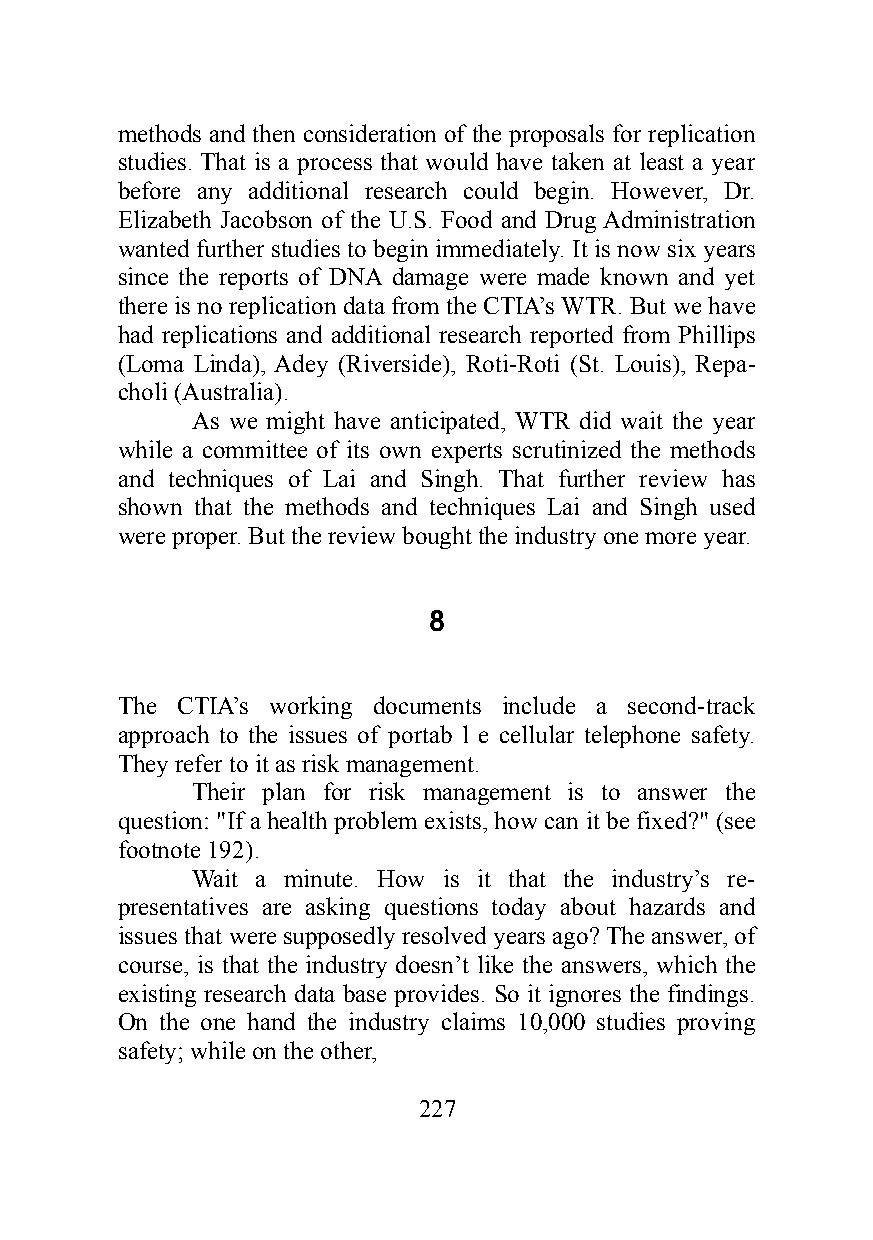
methods and then consideration of the proposals for replication
 studies. That is a process that would have taken at least a year
 before any additional research could begin. However, Dr.
 Elizabeth Jacobson of the U.S. Food and Drug Administration
 wanted further studies to begin immediately. It is now six years
 since the reports of DNA damage were made known and yet
 there is no replication data from the CTIA’s WTR. But we have
 had replications and additional research reported from Phillips
 (Loma Linda), Adey (Riverside), Roti-Roti (St. Louis), Repa-
 choli (Australia).
 As we might have anticipated, WTR did wait the year
 while a committee of its own experts scrutinized the methods
 and techniques of Lai and Singh. That further review has
 shown that the methods and techniques Lai and Singh used
 were proper. But the review bought the industry one more year.
 8
 The CTIA’s working documents include a second-track
 approach to the issues of portab l e cellular telephone safety.
 They refer to it as risk management.
 Their plan for risk management is to answer the
 question: "If a health problem exists, how can it be fixed?" (see
 footnote 192).
 Wait a minute. How is it that the industry’s re-
 presentatives are asking questions today about hazards and
 issues that were supposedly resolved years ago? The answer, of
 course, is that the industry doesn’t like the answers, which the
 existing research data base provides. So it ignores the findings.
 On the one hand the industry claims 10,000 studies proving
 safety; while on the other,
 227